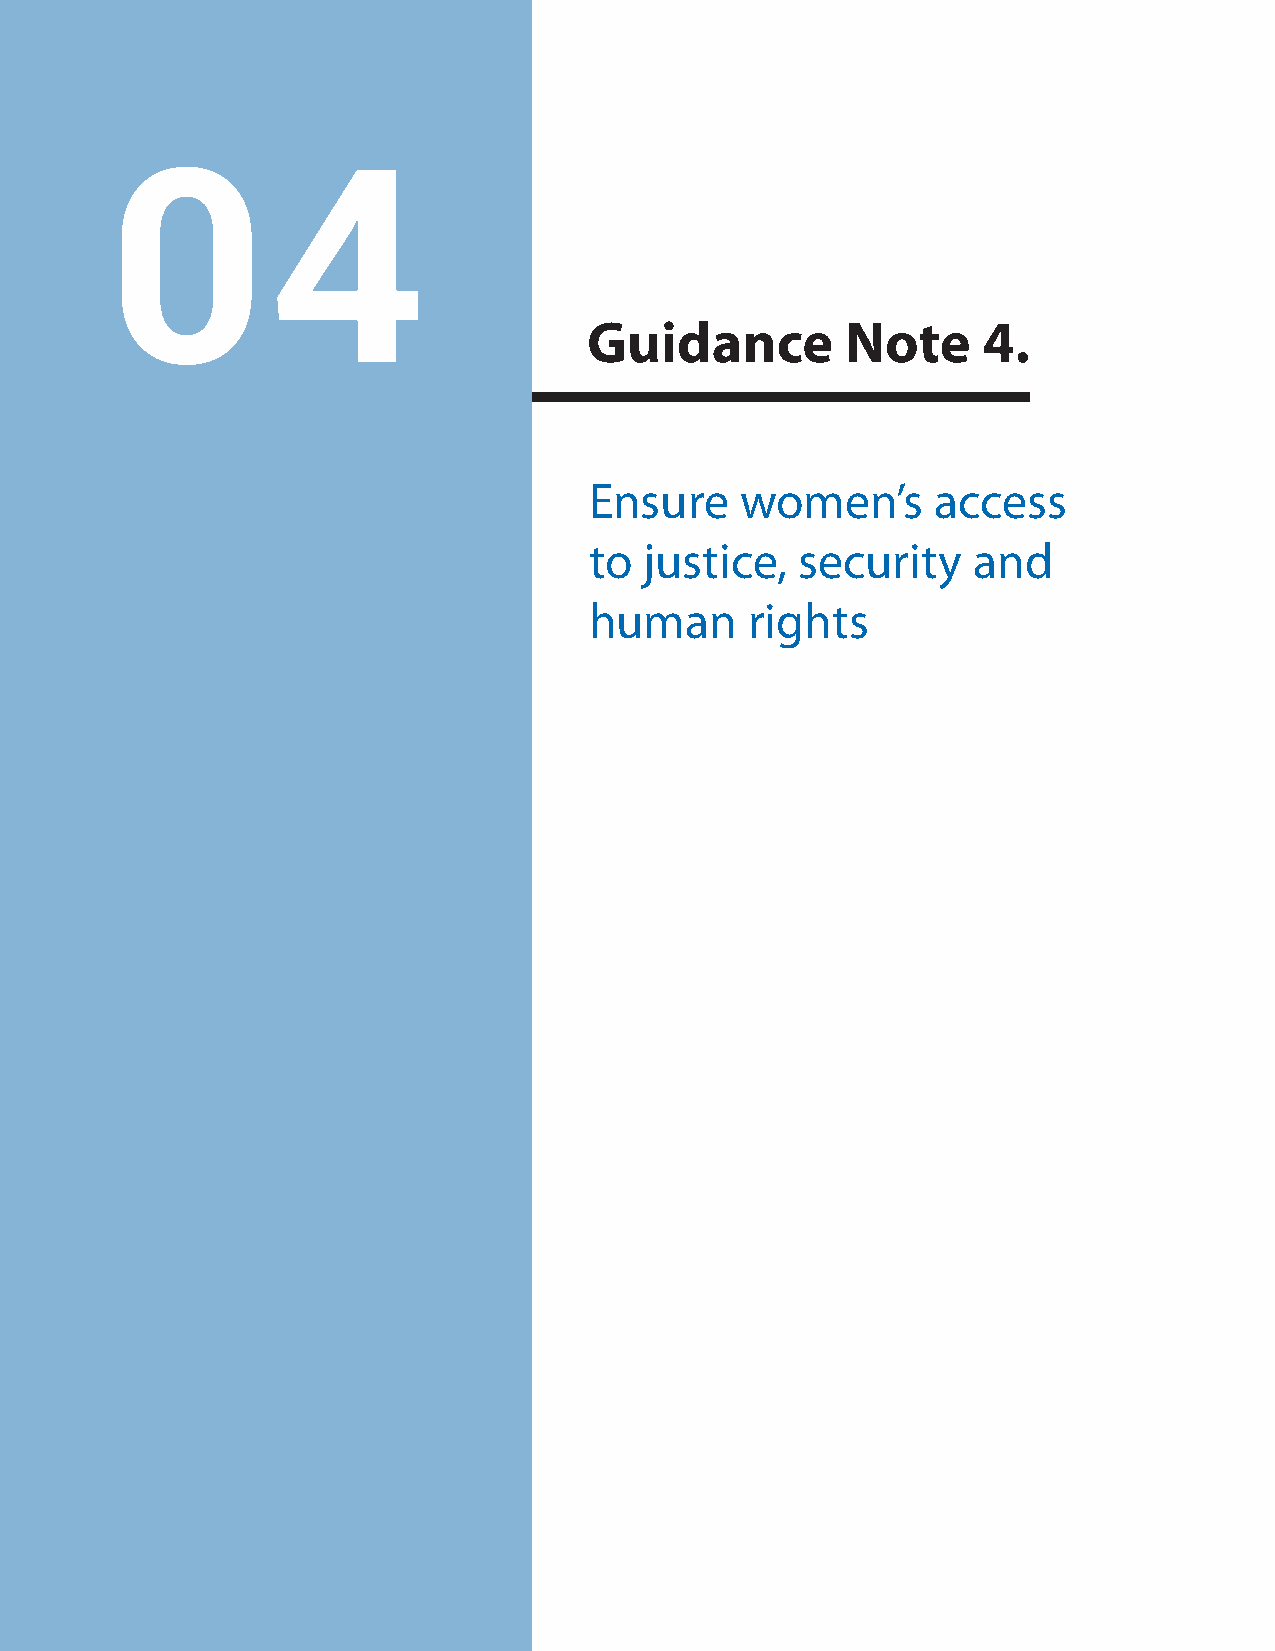
04
 Guidance         Note     4.
 Ensure    women’s      access
 to  justice,  security   and
 human      rights